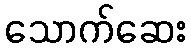
သောက်ဆေး